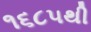
૧૬૮૫થી